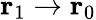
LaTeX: {\mathbf r_{1}}\rightarrow{\mathbf r_{0}}